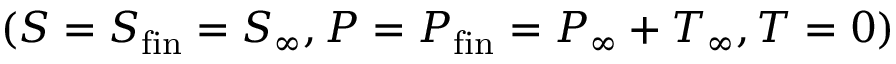
( S = S _ { \mathrm { f i n } } = S _ { \infty } , P = P _ { \mathrm { f i n } } = P _ { \infty } + T _ { \infty } , T = 0 )